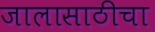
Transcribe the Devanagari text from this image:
जालासाठीचा